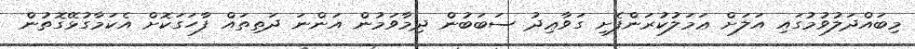
މިބައްދަލުވުމުގައި އަލަށް ޢަމަލުކުރަންފެށި ގަވާޢިދު ސަބަބުން ދިމާވަމުން އަންނަ ދަތިތައް ފާހަގަކޮށް އެކަމާގުޅޭގޮތުން